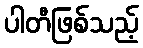
ပါတီဖြစ်သည့်